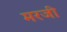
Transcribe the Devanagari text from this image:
मरजी